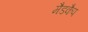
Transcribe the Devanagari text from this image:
मैडकैप